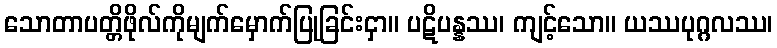
သောတာပတ္တိဖိုလ်ကိုမျက်မှောက်ပြုခြင်းငှာ။ ပဋိပန္နဿ၊ ကျင့်သော။ ယဿပုဂ္ဂလဿ၊